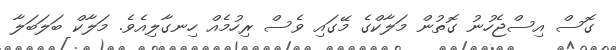
ގޮސް އިސްޖެހުނު ގޮތުން މަލާކްގެ މޭގައި ވެސް ރިހުމެއް ހިނގާލިއެވެ. މަލާކް ބަލަބަލާ